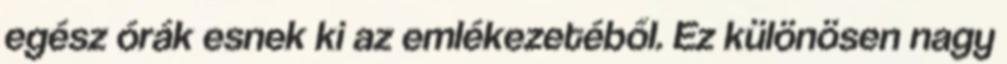
egész órák esnek ki az emlékezetéből. Ez különösen nagy